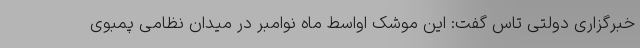
خبرگزاری دولتی تاس گفت: این موشک اواسط ماه نوامبر در میدان نظامی پمبوی